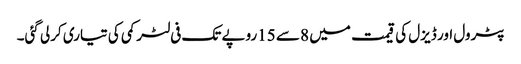
پٹرول اور ڈیزل کی قیمت میں 8 سے 15روپے تک فی لٹر کمی کی تیاری کرلی گئی۔